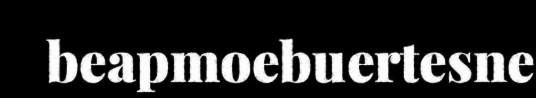
beapmoebuertesne